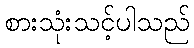
စားသုံးသင့်ပါသည်